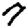
Digit: 7